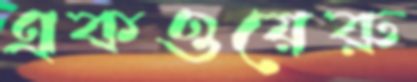
একওয়েরু